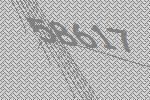
58617